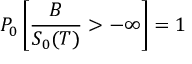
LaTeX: P _ { 0 } \left[ { \frac { B } { S _ { 0 } ( T ) } } > - \infty \right] = 1